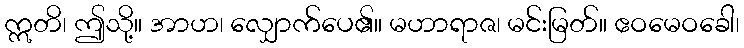
ဣတိ၊ ဤသို့။ အာဟ၊ လျှောက်ပေ၏။ မဟာရာဇ၊ မင်းမြတ်။ ဧဝမေဝခေါ၊